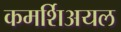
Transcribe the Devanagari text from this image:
कमर्शिअयल